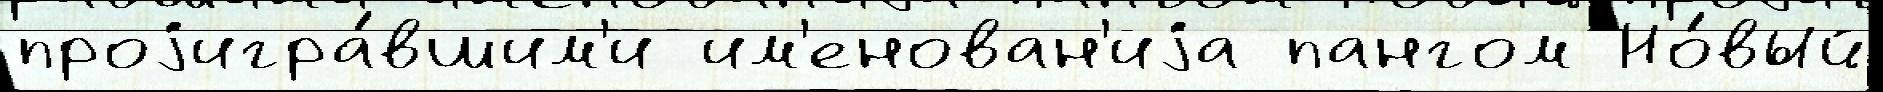
проjигра́вшим'и им'енован'иjа пангом Но́вый